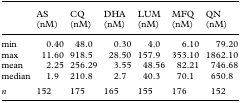
<table><thead><tr><td></td><td><b>AS (nM)</b></td><td><b>CQ (nM)</b></td><td><b>DHA (nM)</b></td><td><b>LUM (nM)</b></td><td><b>MFQ (nM)</b></td><td><b>QN (nM)</b></td></tr></thead><tbody><tr><td>min</td><td>0.40</td><td>48.0</td><td>0.30</td><td>4.0</td><td>6.10</td><td>79.20</td></tr><tr><td>max</td><td>11.60</td><td>918.5</td><td>28.50</td><td>157.9</td><td>353.10</td><td>1862.10</td></tr><tr><td>mean</td><td>2.25</td><td>256.29</td><td>3.55</td><td>48.56</td><td>82.21</td><td>746.68</td></tr><tr><td>median</td><td>1.9</td><td>210.8</td><td>2.7</td><td>40.3</td><td>70.1</td><td>650.8</td></tr><tr><td><i>n</i></td><td>152</td><td>175</td><td>165</td><td>155</td><td>176</td><td>152</td></tr></tbody></table>